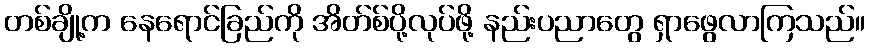
တစ်ချို့က နေရောင်ခြည်ကို အိတ်စ်ပို့လုပ်ဖို့ နည်းပညာတွေ ရှာဖွေလာကြသည်။